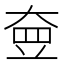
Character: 𡘵